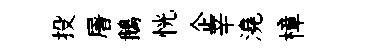
投屠鵝恍企辛澆樟